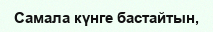
Самала күнге бастайтын,